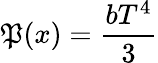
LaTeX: \mathfrak{P}(x)={\frac{{bT^{4}}}{{3}}}